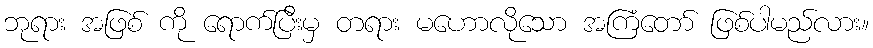
ဘုရား အဖြစ် ကို ရောက်ပြီးမှ တရား မဟောလိုသော အကြံတော် ဖြစ်ပါမည်လား။